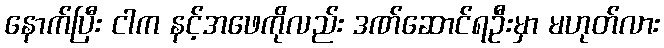
နောက်ပြီး ငါက နင့်အဖေကိုလည်း ဒဏ်ဆောင်ရဦးမှာ မဟုတ်လား